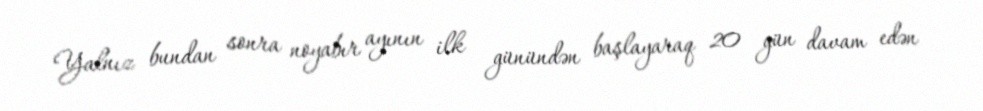
Yalnız bundan sonra noyabır ayının ilk günündən başlayaraq 20 gün davam edən